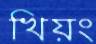
খিয়ং